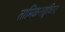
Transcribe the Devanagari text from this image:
तामिळनाडूविरुद्ध